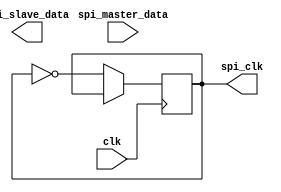
module timing_control_sync_block (
    input wire clk,                // clock input
    output reg spi_clk,            // output clock signal for SPI communication
    input wire spi_master_data,    // data input from SPI master device
    output reg spi_slave_data      // data output to SPI slave device
);

reg [3:0] bit_counter; // counter to keep track of current bit being transferred
reg sync_flag; // flag to indicate if synchronization is needed

always @(posedge clk) begin
    if (sync_flag) begin
        // logic to adjust timing for synchronization
        // adjust timing for data transfers
        // sync_flag = 1; // set to 1 if synchronization is required
    end else begin
        // logic for normal data transfer operation
        // generate clock signal for SPI communication
        spi_clk <= ~spi_clk;
        
        // manage timing of data transfer
        case (bit_counter)
            // logic for transferring data at correct times
            // case statements for each bit transfer
        endcase
        
        // check for end of transfer
        if (bit_counter == 7) begin
            // reset counter for next transfer
            bit_counter <= 0;
        end else begin
            // increment counter for next bit transfer
            bit_counter <= bit_counter + 1;
        end
    end
end

endmodule